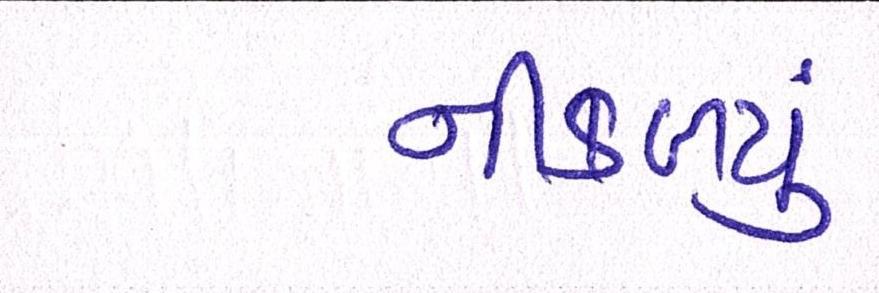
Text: નીકળ્યું